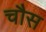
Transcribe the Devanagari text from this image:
चौस